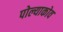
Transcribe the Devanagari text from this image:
पोल्याकोव